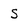
Character: s